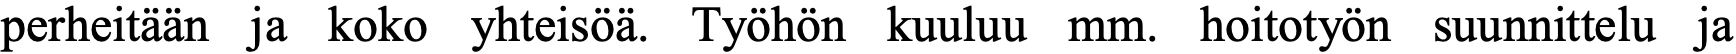
perheitään ja koko yhteisöä. Työhön kuuluu mm. hoitotyön suunnittelu ja